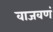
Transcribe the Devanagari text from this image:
वाजवणं